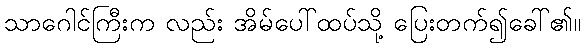
သာဂေါင်ကြီးက လည်း အိမ်ပေါ်ထပ်သို့ ပြေးတက်၍ခေါ်၏။